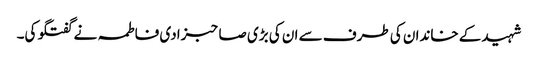
شہید کے خاندان کی طرف سے ان کی بڑی صاحبزادی فاطمہ نے گفتگو کی۔